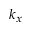
k _ { x }